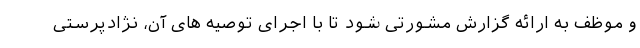
و موظف به ارائه گزارش مشورتی شود تا با اجرای توصیه های آن، نژادپرستی